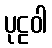
ပုဠဝါ